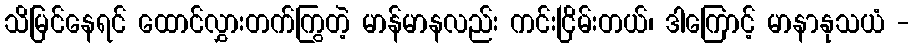
သိမြင်နေရင် ထောင်လွှားတက်ကြွတဲ့ မာန်မာနလည်း ကင်းငြိမ်းတယ်၊ ဒါကြောင့် မာနာနုသယံ -